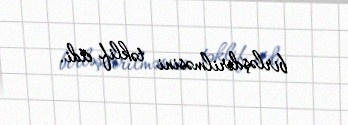
birləşdirilməsini təklif etdi.